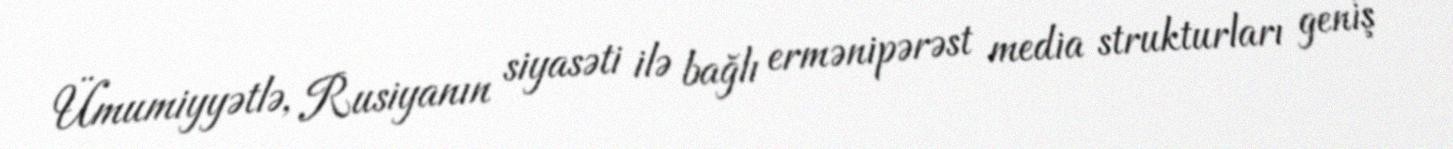
Ümumiyyətlə, Rusiyanın siyasəti ilə bağlı ermənipərəst media strukturları geniş